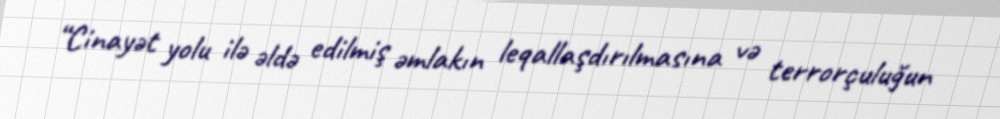
“Cinayət yolu ilə əldə edilmiş əmlakın leqallaşdırılmasına və terrorçuluğun